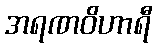
အရဏဝိဟာရီ